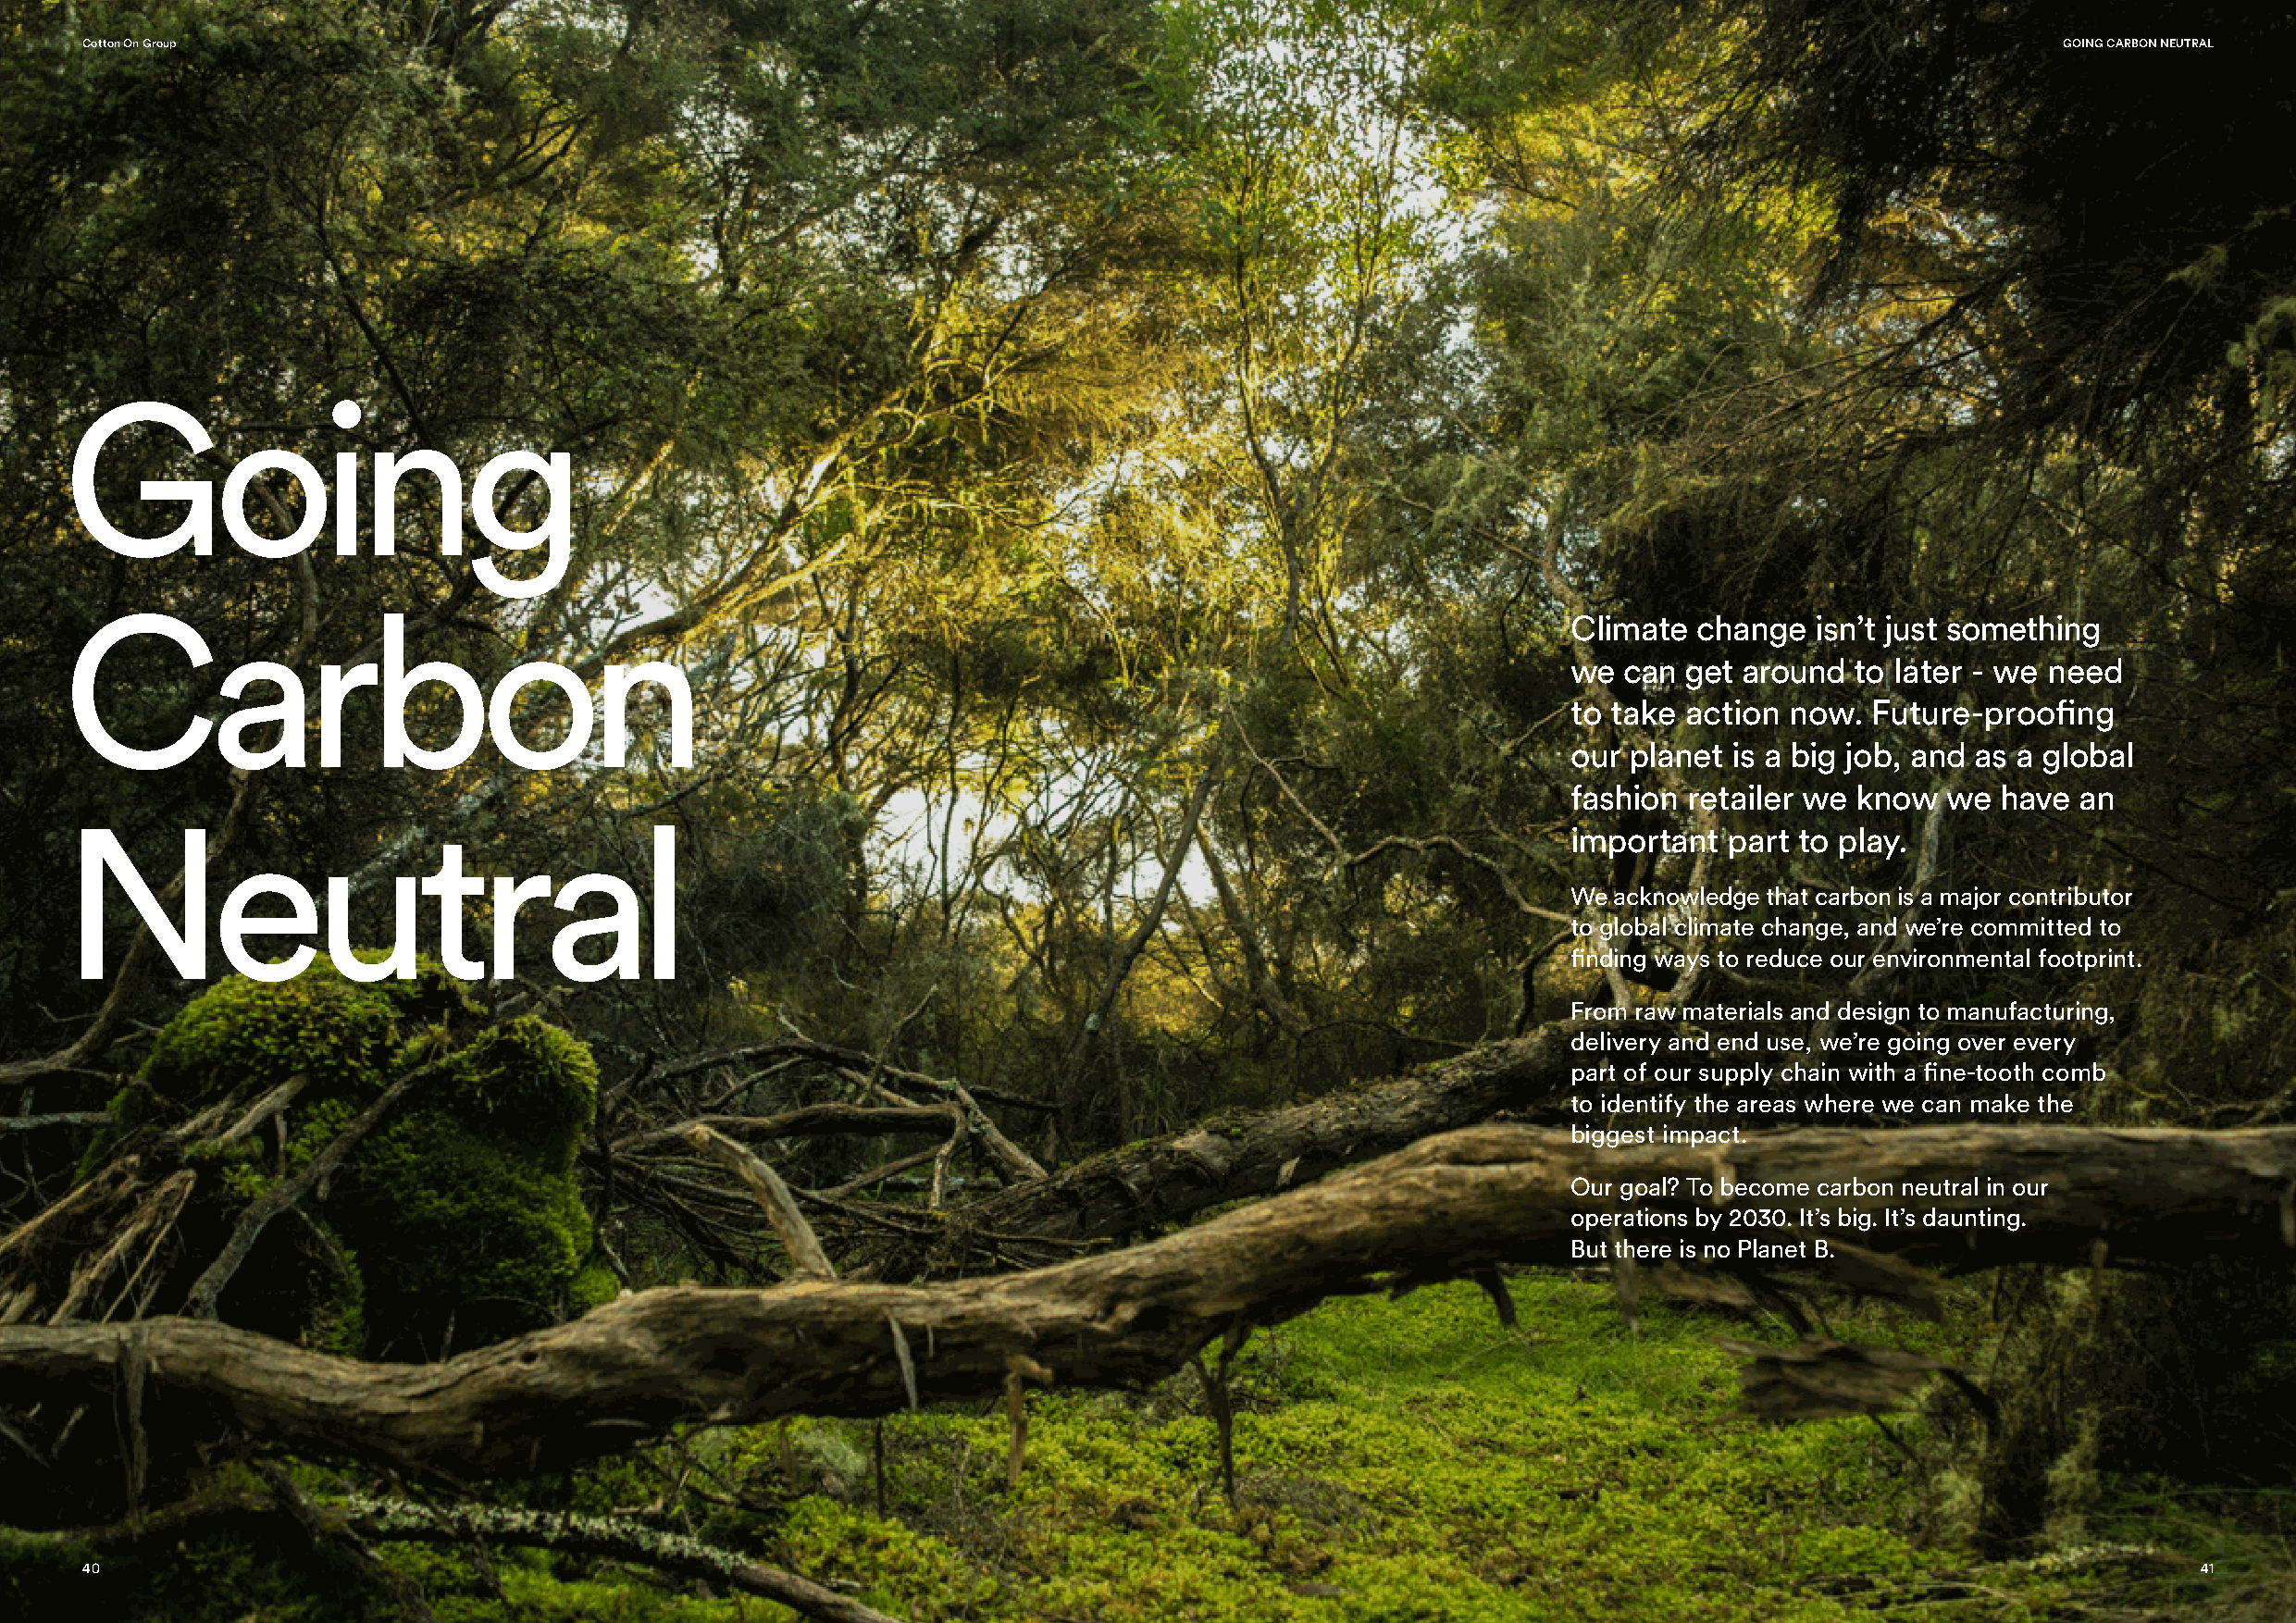
Cotton On Group                                                                                                                               GOING CARBON NEUTRAL
 Going
 Carbon
 Climate  change   isn’t just something
 we  can g et around  to later - we need
 to take  action now.  Future-proofing
 our  planet is a big job, a nd as a global
 fashion  retailer we know  we  have  an
 Neutral
 important   part to play.
 We acknowledge that carbon is a major contributor
 to global climate change, and w e’re committed to
 finding ways to reduce o ur environmental footprint.
 From raw materials and design to manufacturing,
 delivery and end use, we’re going over every
 part of our supply chain with a fine-tooth comb
 to identify the areas where we can make the
 biggest impact.
 Our goal? To become carbon neutral in our
 operations by 2030. It’s big. It’s daunting.
 But there is no Planet B.
 40                                                                                                                                                     41